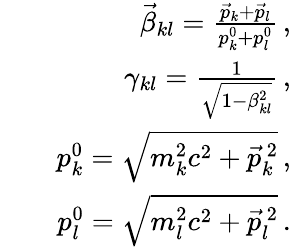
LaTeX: \begin{array}{rlr}&{}&{\vec{\beta}_{kl}=\frac{\vec{p}_{k}+\vec{p}_{l}}{p_{k}^{0}+p_{l}^{0}}\, ,}\\ &{}&{\gamma_{kl}=\frac{1}{\sqrt{1-\beta_{kl}^{2}}}\, ,}\\ &{}&{p_{k}^{0}=\sqrt{m_{k}^{2}c^{2}+\vec{p}_{k}^{\, 2}}\, ,}\\ &{}&{p_{l}^{0}=\sqrt{m_{l}^{2}c^{2}+\vec{p}_{l}^{\, 2}}\, .}\end{array}